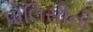
પોલિસીની